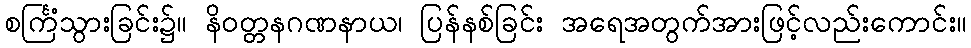
စင်္ကြံသွားခြင်း၌။ နိဝတ္တနဂဏနာယ၊ ပြန်နစ်ခြင်း အရေအတွက်အားဖြင့်လည်းကောင်း။